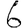
Digit: 6